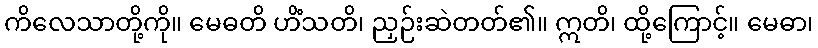
ကိလေသာတို့ကို။ မေဓတိ ဟိံသတိ၊ ညှဉ်းဆဲတတ်၏။ ဣတိ၊ ထို့ကြောင့်။ မေဓာ၊